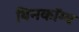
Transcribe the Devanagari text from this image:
बिनकॉम्ब